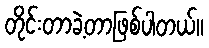
တိုင်းတာခဲ့တာဖြစ်ပါတယ်။